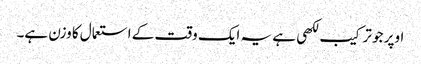
اوپر جو ترکیب لکھی ہے یہ ایک وقت کے استعمال کا وزن ہے۔